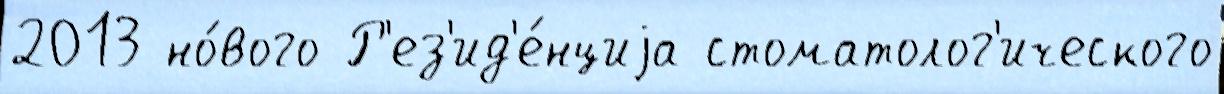
2013 но́вого Р'ез'ид'е́нциjа стоматолог'ического